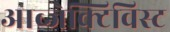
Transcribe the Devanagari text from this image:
आब्जेक्टिविस्ट